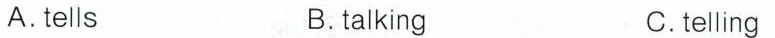
A.tells B.talking C.telling